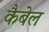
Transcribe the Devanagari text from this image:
कैबेल